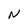
Character: N